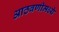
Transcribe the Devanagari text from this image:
आठवणीमध्ये